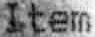
ITEM